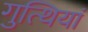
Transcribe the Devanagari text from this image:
गुत्थियां